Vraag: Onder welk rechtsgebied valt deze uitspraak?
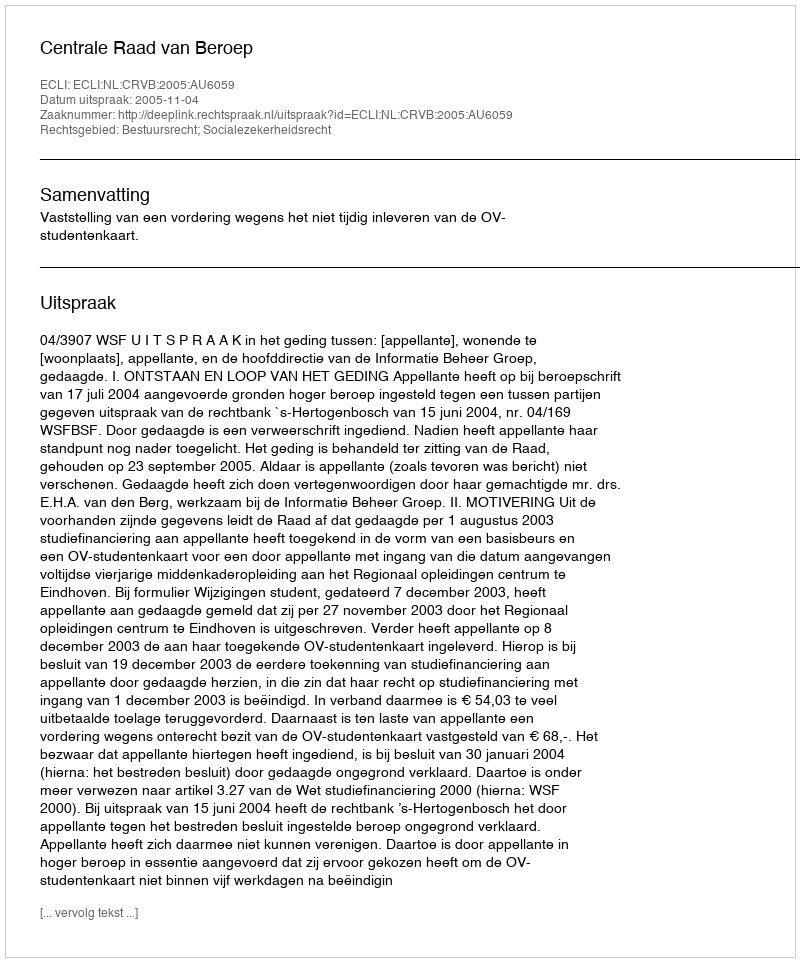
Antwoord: Bestuursrecht; Socialezekerheidsrecht